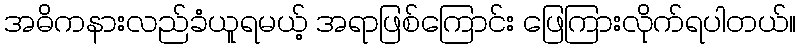
အဓိကနားလည်ခံယူရမယ့် အရာဖြစ်ကြောင်း ဖြေကြားလိုက်ရပါတယ်။